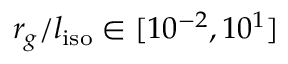
r _ { g } / l _ { \mathrm { i s o } } \in [ 1 0 ^ { - 2 } , 1 0 ^ { 1 } ]